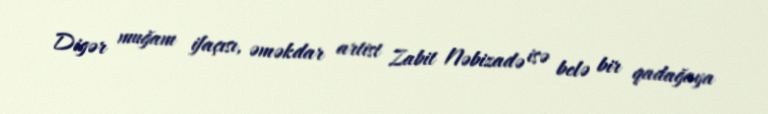
Digər muğam ifaçısı, əməkdar artist Zabit Nəbizadə isə belə bir qadağaya